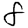
Digit: 8